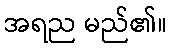
အရည မည်၏။